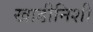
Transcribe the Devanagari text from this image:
खाडीनिशी